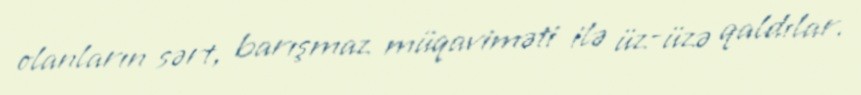
olanların sərt, barışmaz müqaviməti ilə üz-üzə qaldılar.